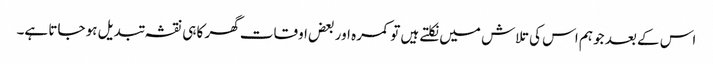
اس کے بعد جو ہم اس کی تلاش میں نکلتے ہیں تو کمرہ اور بعض اوقات گھر کا ہی نقشہ تبدیل ہو جاتا ہے۔